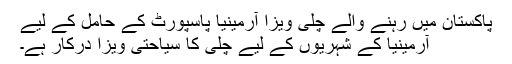
پاکستان میں رہنے والے چلی ویزا آرمینیا پاسپورٹ کے حامل کے لیے
آرمینیا کے شہریوں کے لیے چلی کا سیاحتی ویزا درکار ہے۔